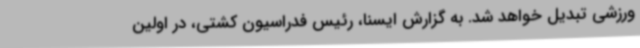
ورزشی تبدیل خواهد شد. به گزارش ایسنا، رئیس فدراسیون کشتی، در اولین